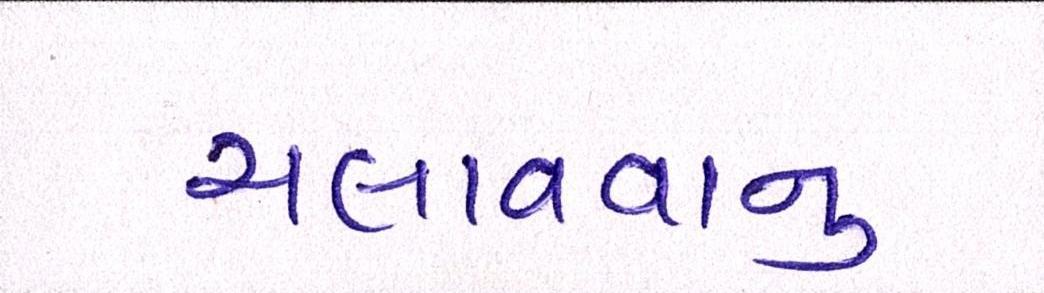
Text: ચલાવવાનુ